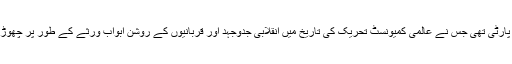
یہی پارٹی تھی جس نے عالمی کمیونسٹ تحریک کی تاریخ میں انقلابی جدوجہد اور قربانیوں کے روشن ابواب ورثے کے طور پر چھوڑے ۔